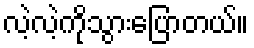
လဲ့လဲ့ကိုသွားပြောတယ်။